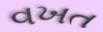
વખત